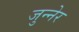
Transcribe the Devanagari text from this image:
जुन्नेर